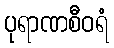
ပုရာဏစီဝရံ